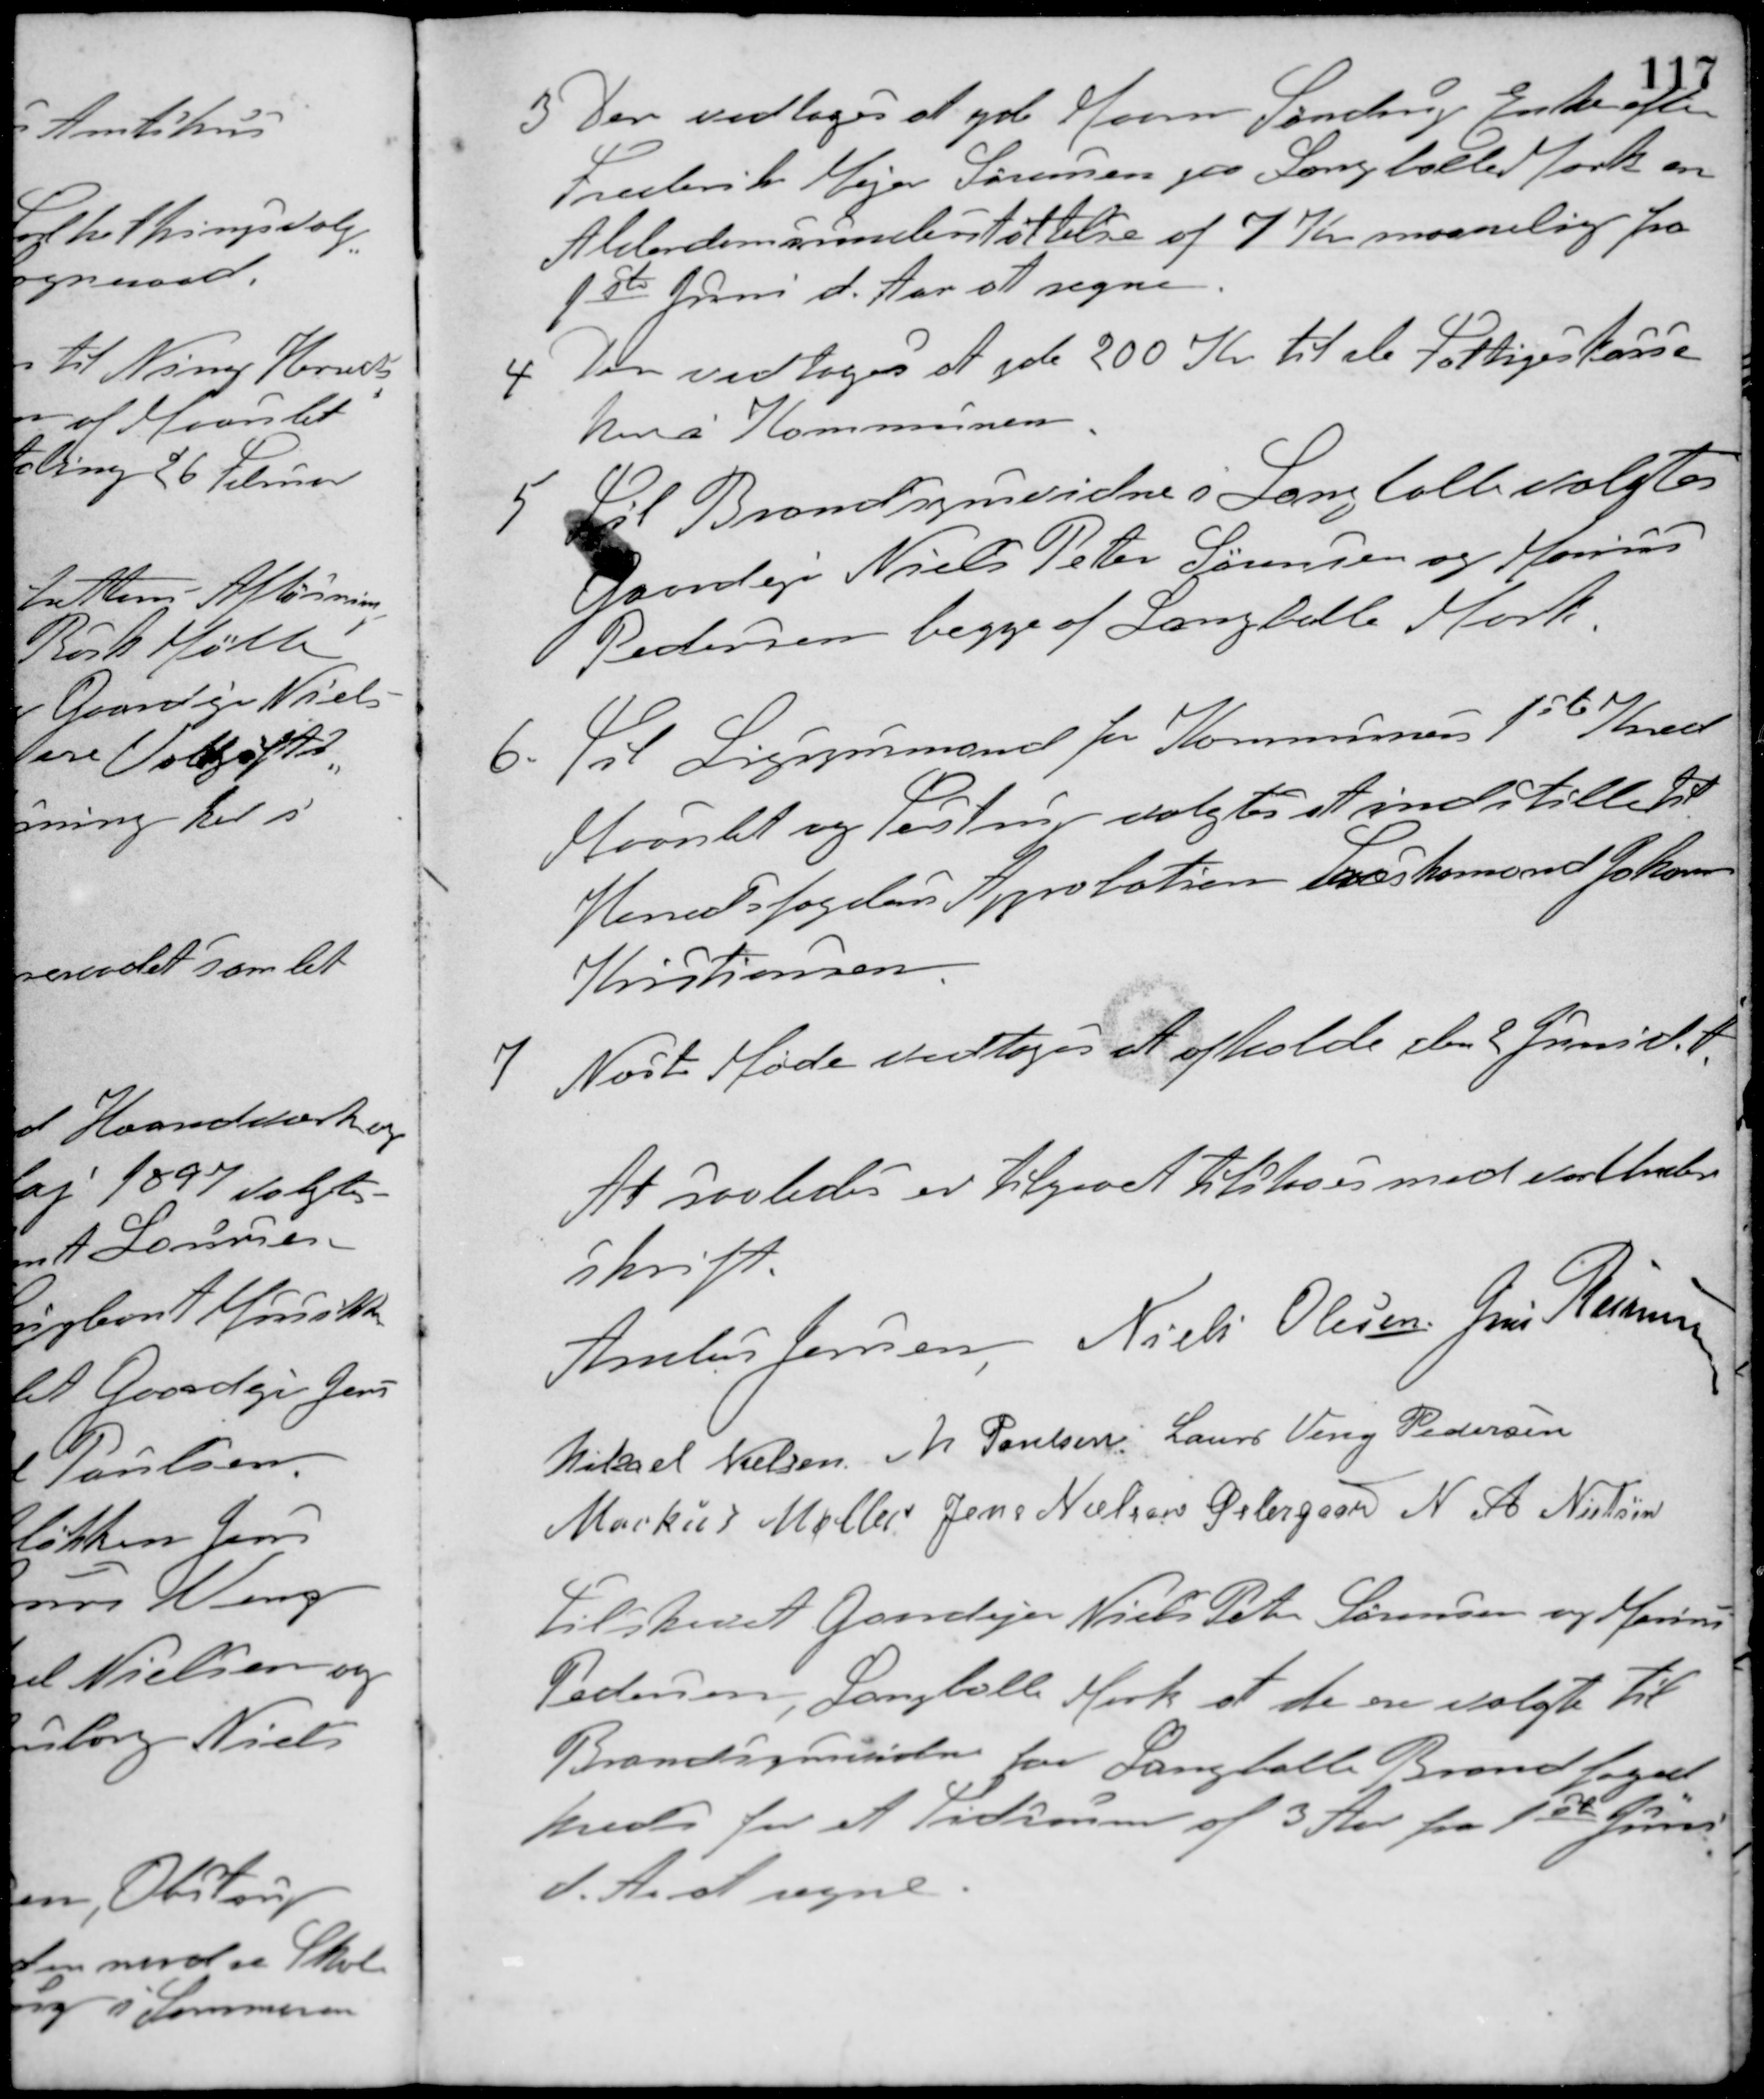
Transskription:
3 Der vedtoges at yde Maren Sinding, Enke efter
Frederik Mejer Sørensen paa Langballe Mark en
Alderdomsunderstøttelse af 7 Kr maanedlig fra
1ste Juni d. Aar at regne.
4 Der vedtoges at yde 200 Kr til de Fattiges kasse
her i Kommunen.
5 Til Brandsynsvidne i Langballe valgtes
Gaardejer Niels Peter Sørensen og Marius
Pedersen begge af Langballe Mark.
6. Til Ligsynsmand for Kommunens 1ste Kred
Maarslet og Testrup valgtes at indstille til
Herredsfogdens Approbation Træskomand Johannes
Kristiansen.
7 Næste Møde vedtoges at afholde den 2 Juni d. A.
At saaledes er tilgaaet tilstaaes med vor Under-
skrift.
Anders Jensen Niels Olesen Jens Rasmussen
Mikael Nielsen M. Poulsen Laurs Veng Pedersen
Markus Møller Jens Nielsen Østergaard N. A. Nielsen
Tilskrevet Gaardejer Niels Peter Sørensen og Marius
Pedersen, Langballe Mark at de ere valgte til
Brandsynsvidner for Langballe Brandfoged-
kreds for et Tidsrum af 3 Aar fra 1ste Juni
d. A. at regne.